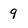
Character: 9